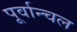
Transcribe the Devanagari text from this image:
पूर्वान्चल